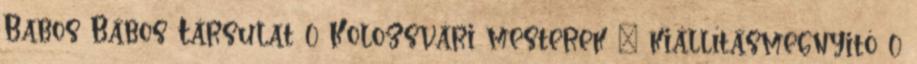
Babos Bábos Társulat 0 Kolozsvári mesterek – kiállításmegnyitó 0